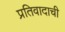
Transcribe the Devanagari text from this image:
प्रतिवादाची